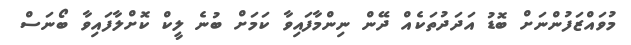
މުވައްޒަފުންނަށް ބޮޑު އަދަދުތަކެއް ދޭން ނިންމާފައިވާ ކަމަށް ބުނެ ލީކް ކޮށްލާފައިވާ ބޯނަސް